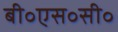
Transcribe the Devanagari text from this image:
बी॰एस॰सी॰